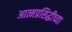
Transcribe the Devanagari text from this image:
आत्मप्रसिद्धीच्या